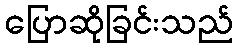
ပြောဆိုခြင်းသည်